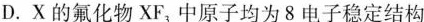
D. X的氟化物XF_{3}中原子均为8电子稳定结构